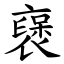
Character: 襃